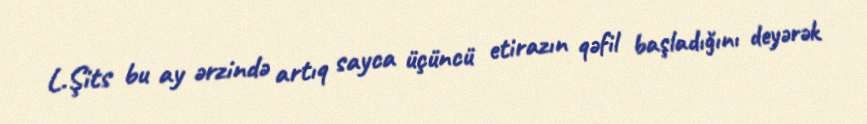
L.Şits bu ay ərzində artıq sayca üçüncü etirazın qəfil başladığını deyərək